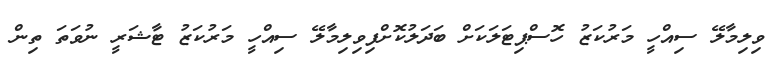
ވިލިމާލޭ ސިއްހީ މަރުކަޒު ހޮސްޕިޓަލަކަށް ބަދަލުކޮށްފިވިލިމާލޭ ސިއްހީ މަރުކަޒު ޓާޝަރީ ނުވަތަ ތިން